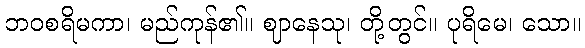
ဘဝစရိမကာ၊ မည်ကုန်၏။ ဈာနေသု၊ တို့တွင်။ ပုရိမေ၊ သော။